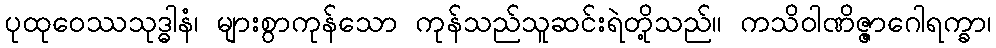
ပုထုဝေဿသုဒ္ဓါနံ၊ များစွာကုန်သော ကုန်သည်သူဆင်းရဲတို့သည်။ ကသိဝါဏိဇ္ဇာဂေါရက္ခာ၊